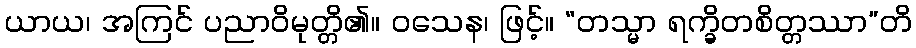
ယာယ၊ အကြင် ပညာဝိမုတ္တိ၏။ ဝသေန၊ ဖြင့်။ “တသ္မာ ရက္ခိတစိတ္တဿာ”တိ